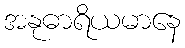
အနုဓာရိယမာနေ